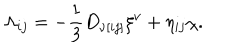
LaTeX: \Lambda _ { i j } = - { \frac { 1 } { 3 } } D _ { \nu [ i j ] } \xi ^ { \nu } + \eta _ { i j } \chi .